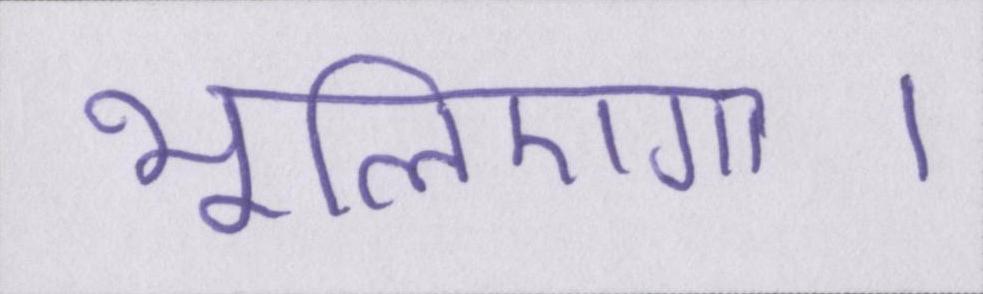
भूलिएगा।